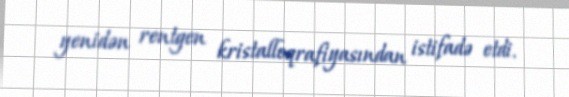
yenidən rentgen kristalloqrafiyasından istifadə etdi.